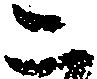
こ